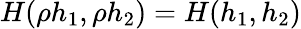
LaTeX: H(\rho h_{1},\rho h_{2})=H(h_{1},h_{2})